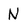
Character: N